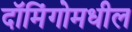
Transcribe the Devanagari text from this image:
दॉमिंगोमधील